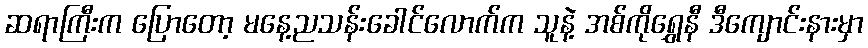
ဆရာကြီးက ပြောတော့ မနေ့ညသန်းခေါင်လောက်က သူနဲ့ အစ်ကိုရွှေနီ ဒီကျောင်းနားမှာ